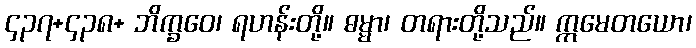
၄၃၇+၄၃၈+ ဘိက္ခဝေ၊ ရဟန်းတို့။ ဓမ္မာ၊ တရားတို့သည်။ ဣမေတယော၊